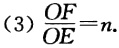
(3) \(\frac{OF}{OE}=n\)